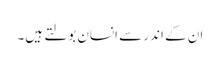
ان کے اندر سے انسان بولتے ہیں۔